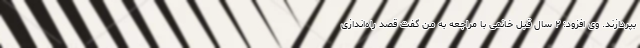
بپردازند. وی افزود: ۲ سال قبل خانمی با مراجعه به من گفت قصد راه‌اندازی